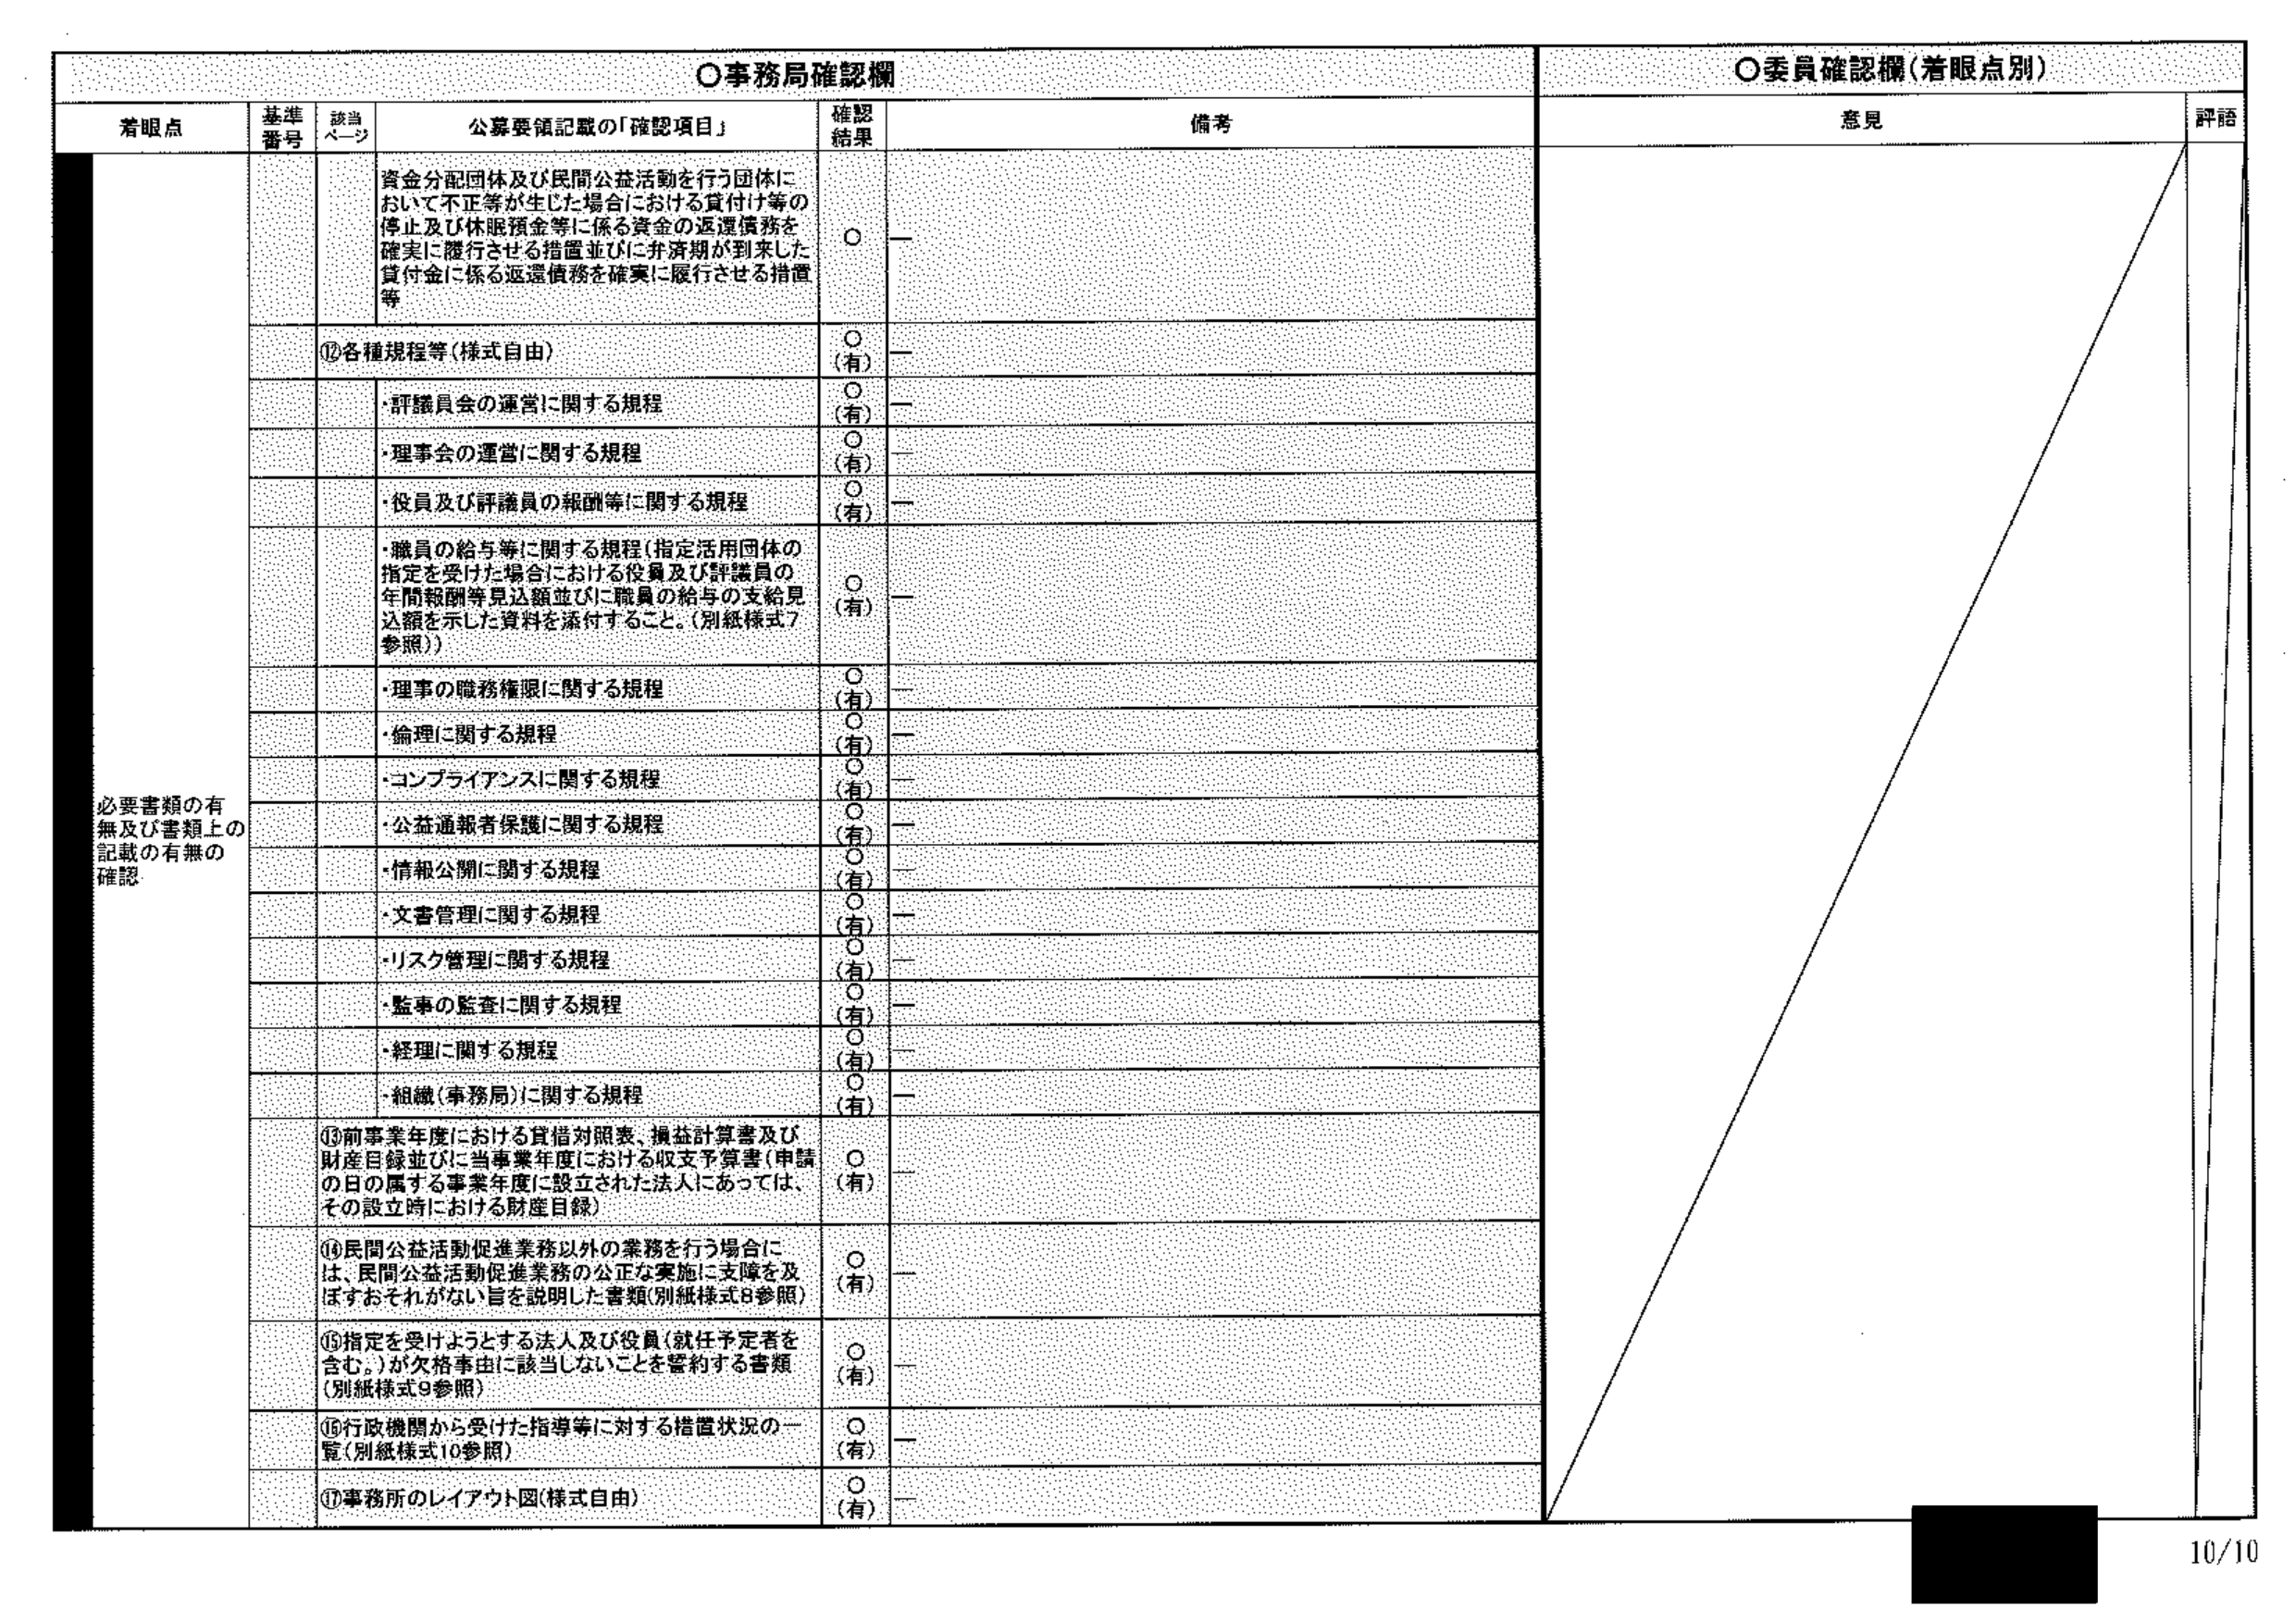
○事務局確認欄
○委員確認欄（着眼点別）

着眼点　　基準番号　　該当ページ　　公募要領記載の「確認項目」　　確認結果　　備考